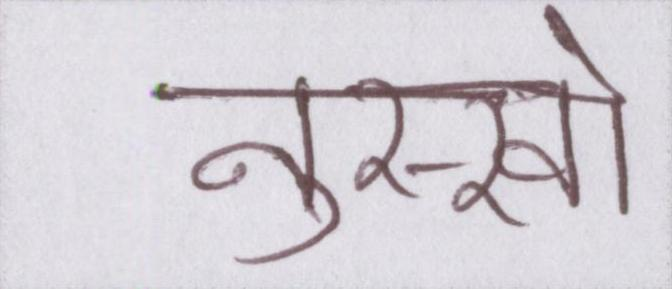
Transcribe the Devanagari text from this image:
नुस्खों